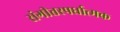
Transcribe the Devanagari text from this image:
संगीतस्पर्धात्मक